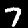
Label: 7